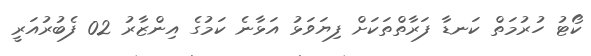
ކޯޓު ހުރުމަތް ކަނޑާ ފަރާތްތަކަށް ފިޔަވަޅު އަޅާނެ ކަމުގެ އިންޒާރު 02 ފެބުރުއަރީ